system: You are a helpful assistant.
user:
Analyze the provided spectrum to determine if it is a **M-type Giant (gM)**.

A M-type Giant spectrum is defined by its **strong molecular absorption** features, particularly from **Titanium Oxide (TiO)**. You must check for one of the following mutually exclusive signatures:

- **Key Visual Indicators (Absorption-Dominated Spectrum):**

    - **(Primary):** The spectrum is dominated by strong molecular absorption from **Titanium Oxide (TiO)**. This is the **defining feature** of its M-type temperature class.
        - **(Key Bandheads):** Look for sharp, "saw-tooth" absorption valleys. The strongest are located near **~7050 Å**, **~6160 Å**, and **~5170 Å**.
        - **(Line Profile):** The "saw-tooth" morphology is critical: a **sharp, steep drop on the BLUE (short-wavelength) side** of the bandhead, followed by a gradual recovery (rising flux) towards the RED (long-wavelength) side.

    - **(Key Confirmation - Giant vs. Dwarf):** **ABSENCE** of strong **Calcium Hydride (CaH)** molecular bands. This is the primary diagnostic for *excluding* M-dwarfs.
        - **(Key Region):** The spectrum should lack the strong, broad absorption band seen in dwarfs between **~6800 Å and ~7000 Å**.

    - **(Secondary Confirmation - Giant):** A very strong and broad **Neutral Calcium (Ca I)** atomic absorption line.
        - **(Key Line):** Located at **~4226 Å**. In a giant (gM), this line is significantly deeper and broader than the same line in an M-dwarf (dM) due to low surface gravity.

    - **(Overall Spectrum):**
        - The continuum is **extremely red-sloping** (i.e., flux is very low in the blue and rises dramatically towards the red).
        - The entire spectrum appears "chopped up" by the deep TiO bands.

Think first, call **spectral_visualization_tool** if needed to examine features in detail, then provide your final answer. Your response must adhere to the following strict rules:
1.  **Overall Structure:** Your response must follow the format `<think>...</think> <tool_call>...</tool_call> (if a tool is used) <answer>...</answer>`.
2.  **Tool Usage Constraint:** You may only make **one** tool call per turn.
3.  **Final Answer Format:** In the `<answer>` tag, your conclusion must be inside a `\boxed{}` command (e.g., `\boxed{YES}` or `\boxed{NO}`), followed by your justification.

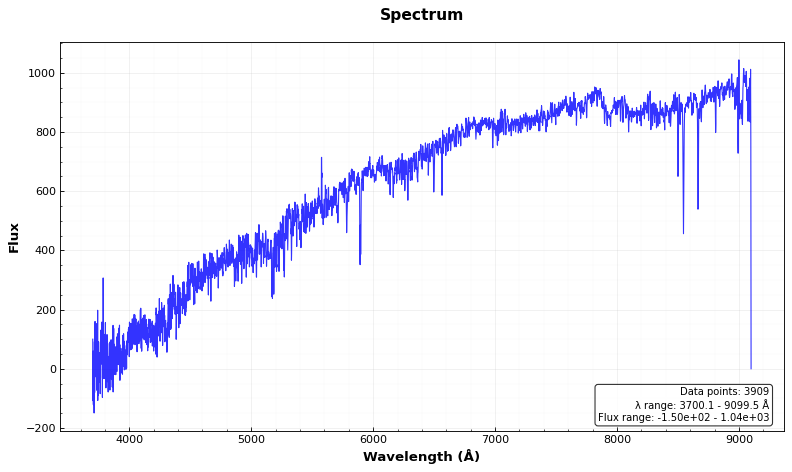
Answer: NO